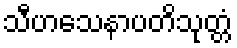
သီဟသေနာပတိသုတ္တံ